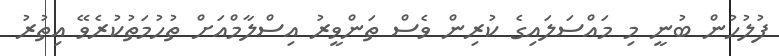
ފުލުހުން ބުނީ މި މައްސަލައިގެ ކުރިން ވެސް ތަންވީރު އިސްލާމްއަށް ތުހުމަތުކުރެވޭ އިތުރު